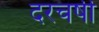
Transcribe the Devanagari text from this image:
दरचर्षी